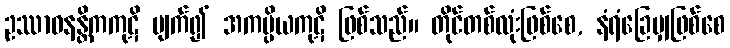
ဥဿာဝနန္တိကကုဋိ ပျက်၍ အကပ္ပိယကုဋိ ဖြစ်သည်။ တိုင်တစ်လုံးဖြစ်စေ, နံရံခြေမျှဖြစ်စေ